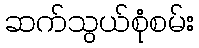
ဆက်သွယ်စုံစမ်း